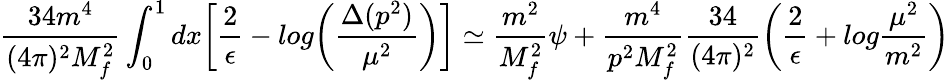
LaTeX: \frac{34m^{4}}{(4\pi)^{2}M_{f}^{2}}\int_{0}^{1}dx\biggl[\frac{2}{\epsilon}-log\biggl(\frac{\Delta(p^{2})}{\mu^{2}}\biggr)\biggr]\simeq\frac{m^{2}}{M_{f}^{2}}\psi+\frac{m^{4}}{p^{2}M_{f}^{2}}\frac{34}{(4\pi)^{2}}\biggr(\frac{2}{\epsilon}+log\frac{\mu^{2}}{m^{2}}\biggl)